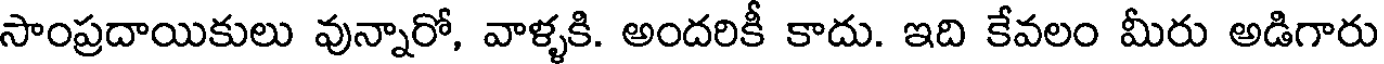
సాంప్రదాయికులు వున్నారో, వాళ్ళకి. అందరికీ కాదు. ఇది కేవలం మీరు అడిగారు